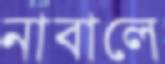
নাবালে